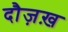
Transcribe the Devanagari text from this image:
दौज़ख़